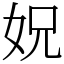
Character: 㚾